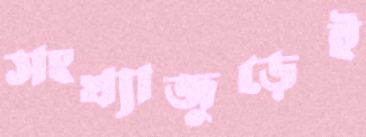
সংখ্যাজুড়েই